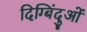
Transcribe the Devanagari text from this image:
दिग्बिंदुओं